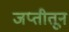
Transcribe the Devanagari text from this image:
जप्तीतून